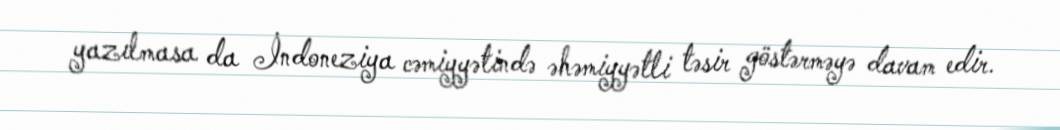
yazılmasa da İndoneziya cəmiyyətində əhəmiyyətli təsir göstərməyə davam edir.